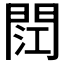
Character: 𮤏